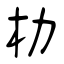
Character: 朸